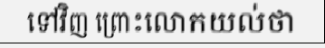
ទៅវិញ ព្រោះលោកយល់ថា